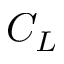
C _ { L }